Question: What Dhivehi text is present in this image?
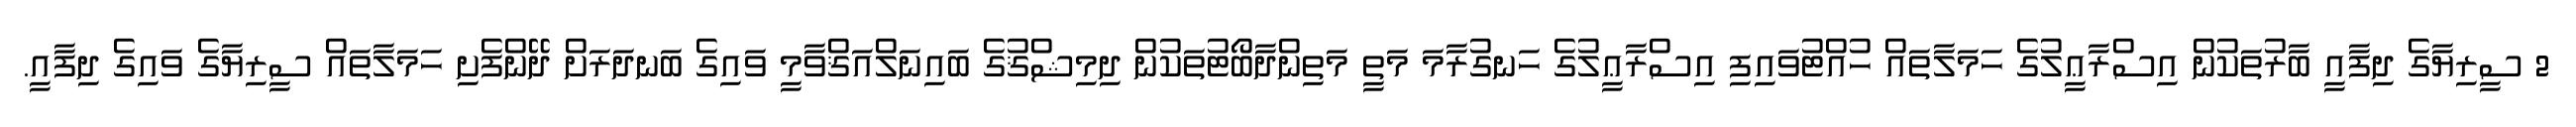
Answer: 2 ސީރިޔާގެ ދިފާއީ ބާރުތަކުން އިސްރާޢީލުގެ ހަމަލާތައް ހުއްޓުވައިފި އިސްރާޢީލުގެ ހަނގުރާމަ މަތީ މަތިންދާބޯޓުތަކުން ދިމިޝްޤުގެ ބައިނަލްއަޤްވާމީ ވައިގެ ބަނދަރަށް ދޭންފެށި ހަމަލާތައް ސީރިޔާގެ ވައިގެ ދިފާއީ.